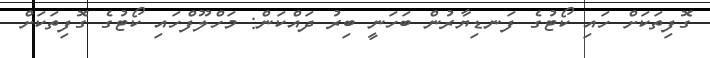
ގޮފިތަކަށް ހައި ކޯޓުގެ ފަނޑިޔާރުން ބަހަނީ ބިރު ދައްކަން: މަހްލޫފްހައިި ކޯޓުގެ ގޮފިތަކަށް